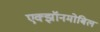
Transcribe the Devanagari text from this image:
एक्झॉनमोबिल